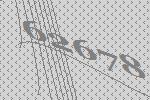
62678